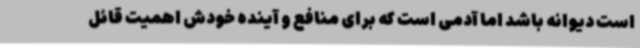
است دیوانه باشد اما آدمی است که برای منافع و آینده خودش اهمیت قائل